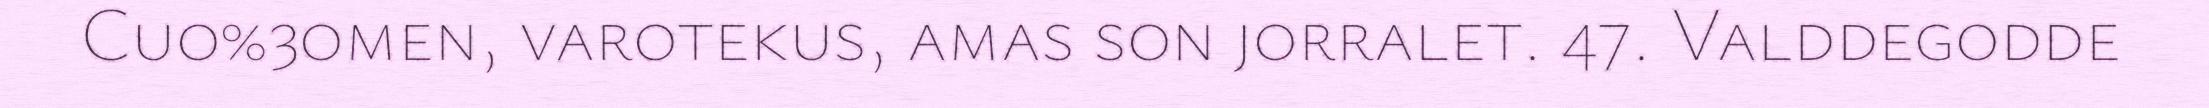
Cuo%3omen, varotekus, amas son jorralet. 47. Valddegodde